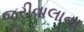
જરીવાલાના